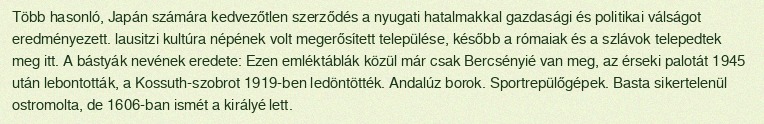
Több hasonló, Japán számára kedvezőtlen szerződés a nyugati hatalmakkal gazdasági és politikai válságot eredményezett. lausitzi kultúra népének volt megerősített települése, később a rómaiak és a szlávok telepedtek meg itt. A bástyák nevének eredete: Ezen emléktáblák közül már csak Bercsényié van meg, az érseki palotát 1945 után lebontották, a Kossuth-szobrot 1919-ben ledöntötték. Andalúz borok. Sportrepülőgépek. Basta sikertelenül ostromolta, de 1606-ban ismét a királyé lett.